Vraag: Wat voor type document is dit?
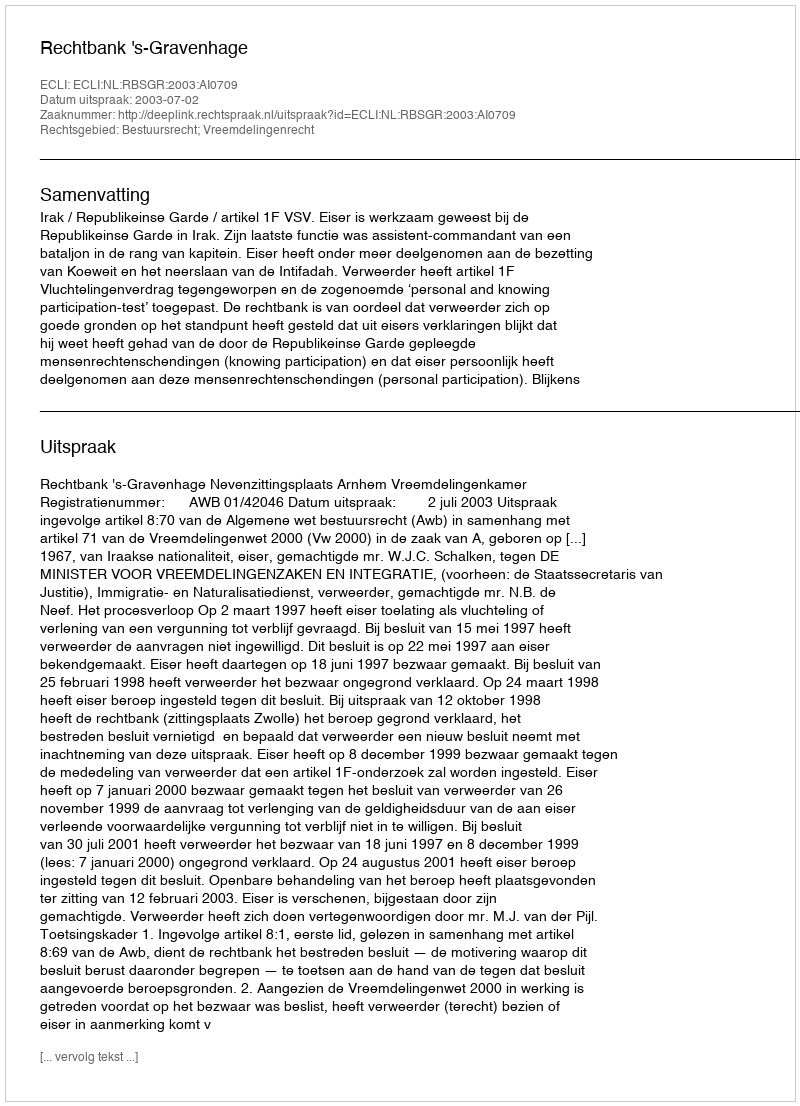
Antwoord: Uitspraak